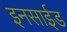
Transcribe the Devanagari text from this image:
इनसाईड